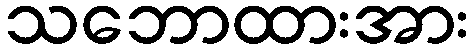
သဘောထားအား